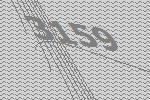
3159